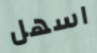
اسهل